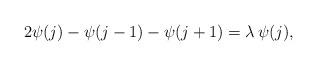
LaTeX: \begin{align*}2\psi(j)-\psi(j-1)-\psi(j+1)=\lambda \,\psi(j){, }\end{align*}